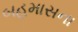
બહમાસના